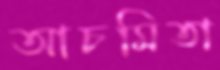
আচমিতা